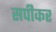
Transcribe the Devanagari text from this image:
सपीकर